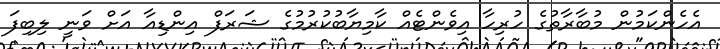
އެހެންކަމުން މުބާރާތުގެ ހުރިހާ އިވެންޓެއް ކާމިޔާބުކުރުމުގެ ޝަރަފް އިންޑިއާ އަށް ވަނީ ލިބިފަ